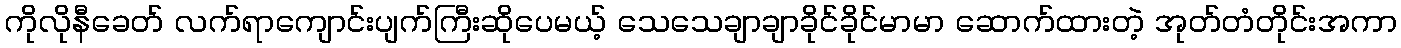
ကိုလိုနီခေတ် လက်ရာကျောင်းပျက်ကြီးဆိုပေမယ့် သေသေချာချာခိုင်ခိုင်မာမာ ဆောက်ထားတဲ့ အုတ်တံတိုင်းအကာ